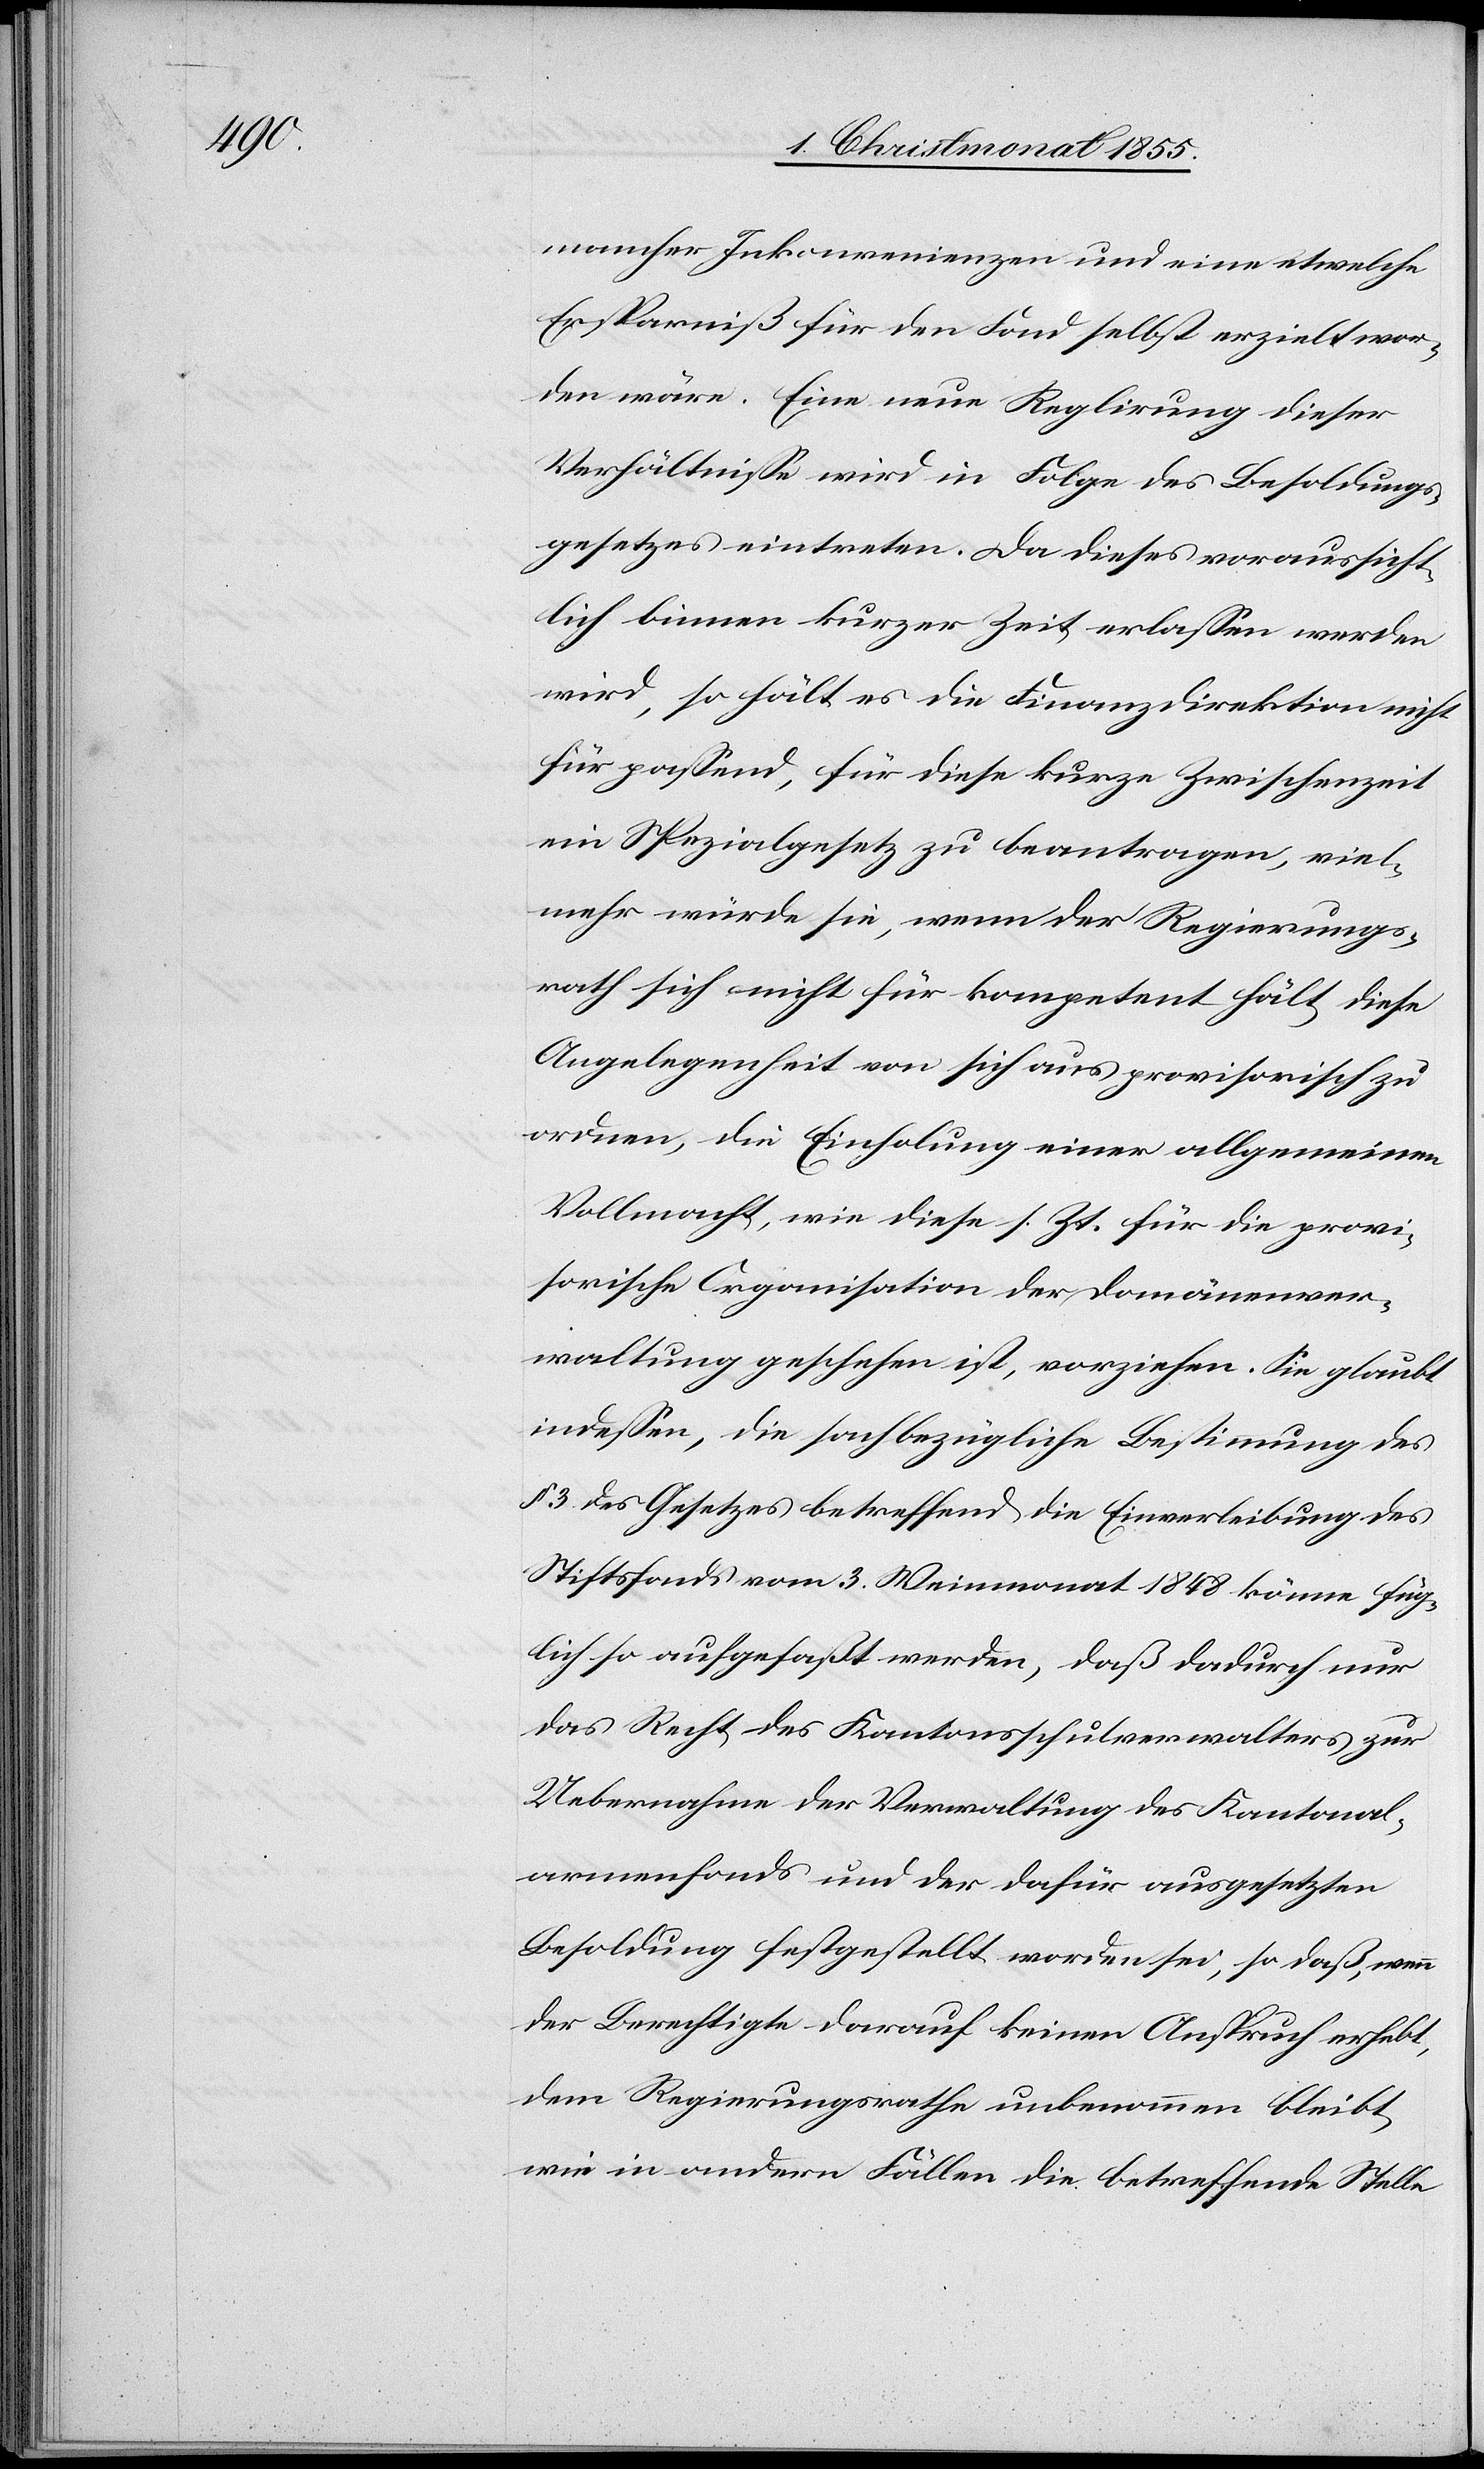
mancher Inkonvenienzen und eine etwelche
Ersparniß für den Fond selbst erzielt wor¬
den wäre. Eine neue Reglirung dieser
Verhältnisse wird in Folge des Besoldungs¬
gesetzes eintreten. Da dieses voraussicht¬
lich binnen kurzer Zeit erlassen werden
wird, so hält es die Finanzdirektion nicht
für passend, für diese kurze Zwischenzeit
ein Spezialgesetz zu beantragen, viel¬
mehr würde sie, wenn der Regierungs¬
rath sich nicht für kompetent hält, diese
Angelegenheit von sich aus provisorisch zu
ordnen, die Einholung einer allgemeinen
Vollmacht, wie diese s. Zt. für die provi¬
sorische Organisation der Domänenver¬
waltung geschehen ist, vorziehen. Sie glaubt
indessen, die sachbezügliche Bestimmung des
§ 3. des Gesetzes betreffend die Einverleibung des
Stiftsfonds vom 3. Weinmonat 1848 könne füg¬
lich so aufgefaßt werden, daß dadurch nur
das Recht des Kantonsschulverwalters zur
Uebernahme der Verwaltung des Kantonal¬
armenfonds und der dafür ausgesetzten
Besoldung festgestellt worden sei, so daß, wenn
der Berechtigte darauf keinen Anspruch erhebt,
dem Regierungsrathe unbenommen bleibt,
wie in andern Fällen die betreffende Stelle